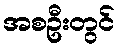
အစဦးတွင်